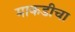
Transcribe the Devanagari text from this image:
माकडीचा